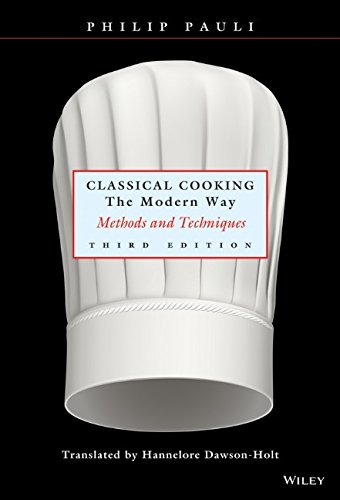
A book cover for Classical Cooking The Modern Way: Methods and Techniques, Third Edition; Philip Pauli; Cookbooks, Food & Wine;